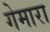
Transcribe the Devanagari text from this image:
गेमारा